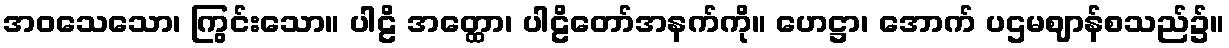
အဝသေသော၊ ကြွင်းသော။ ပါဠိ အတ္ထော၊ ပါဠိတော်အနက်ကို။ ဟေဋ္ဌာ၊ အောက် ပဌမဈာန်စသည်၌။